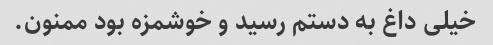
خیلی داغ به دستم رسید و خوشمزه بود ممنون.